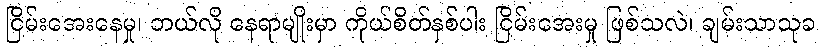
ငြိမ်းအေးနေမှု၊ ဘယ်လို နေရာမျိုးမှာ ကိုယ်စိတ်နှစ်ပါး ငြိမ်းအေးမှု ဖြစ်သလဲ၊ ချမ်းသာသုခ